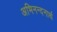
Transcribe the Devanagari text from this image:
अभिनन्दनार्थ